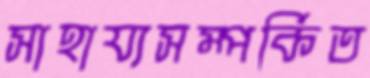
সাহায্যসম্পর্কিত